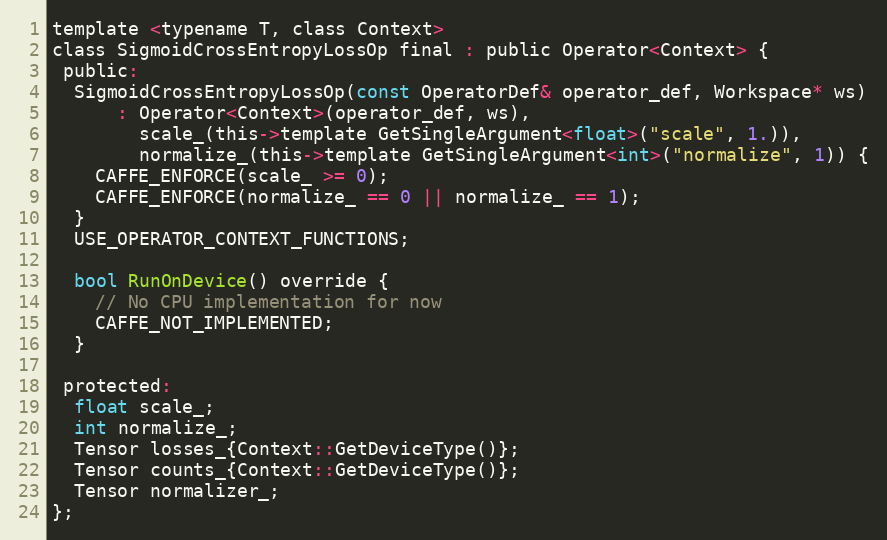
Language: C
template <typename T, class Context>
class SigmoidCrossEntropyLossOp final : public Operator<Context> {
 public:
  SigmoidCrossEntropyLossOp(const OperatorDef& operator_def, Workspace* ws)
      : Operator<Context>(operator_def, ws),
        scale_(this->template GetSingleArgument<float>("scale", 1.)),
        normalize_(this->template GetSingleArgument<int>("normalize", 1)) {
    CAFFE_ENFORCE(scale_ >= 0);
    CAFFE_ENFORCE(normalize_ == 0 || normalize_ == 1);
  }
  USE_OPERATOR_CONTEXT_FUNCTIONS;

  bool RunOnDevice() override {
    // No CPU implementation for now
    CAFFE_NOT_IMPLEMENTED;
  }

 protected:
  float scale_;
  int normalize_;
  Tensor losses_{Context::GetDeviceType()};
  Tensor counts_{Context::GetDeviceType()};
  Tensor normalizer_;
};